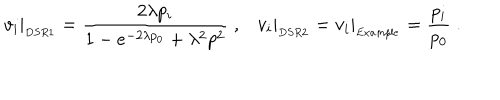
LaTeX: v _ { i } \vert _ { _ { D S R 1 } } = \frac { 2 \lambda p _ { i } } { 1 - e ^ { - 2 \lambda p _ { 0 } } + \lambda ^ { 2 } p ^ { 2 } } \; , v _ { i } \vert _ { _ { D S R 2 } } = v _ { i } \vert _ { _ { E x a m p l e } } = \frac { p _ { i } } { p _ { 0 } } \; .